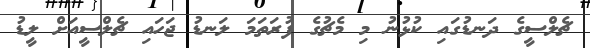
ޗެލްސީގެ ދަނޑުގައި ކުޅުނު މި މެޗުގެ ފުރަތަމަ ލަނޑު ޖަހައި ޗެލްސީއަށް ލީޑު